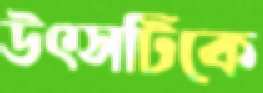
উৎসটিকে